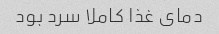
دمای غذا کاملا سرد بود